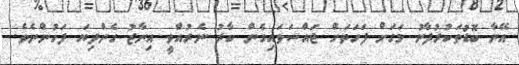
އޭނާ ބޮޑުތަކުރުފާނު މަގަށް ފަހަތަށް ޖައްސަވައިގެން ކާރު ނެރުއްވީ އިނާޒު ގެންދިޔަ ފަހުންނެވެ.